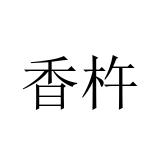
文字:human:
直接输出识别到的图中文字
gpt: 香杵